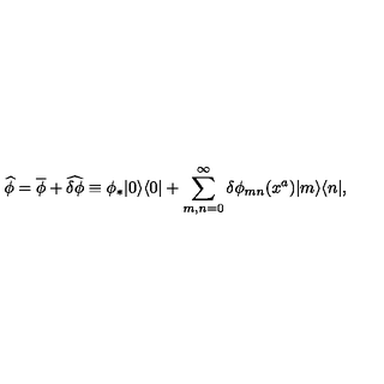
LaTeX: \widehat { \phi } = \overline { { \phi } } + \widehat { \delta \phi } \equiv \phi _ { * } | 0 \rangle \langle 0 | + \sum _ { m , n = 0 } ^ { \infty } \delta \phi _ { m n } ( x ^ { a } ) | m \rangle \langle n | ,